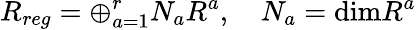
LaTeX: R_{reg}=\oplus_{a=1}^{r}N_{a}R^{a},\quad N_{a}=\mathrm{dim}R^{a}